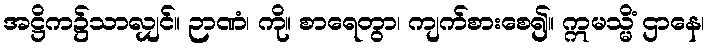
အဋ္ဌိက၌သာလျှင်။ ဉာဏံ၊ ကို။ စာရေတွာ၊ ကျက်စားစေ၍။ ဣမသ္မိံ ဌာနေ၊